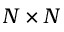
N \times N